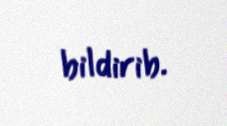
bildirib.